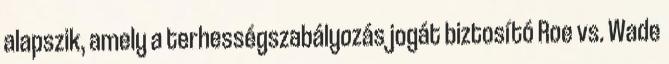
alapszik, amely a terhességszabályozás jogát biztosító Roe vs. Wade